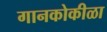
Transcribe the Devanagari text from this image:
गानकोकीळा